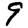
Digit: 9